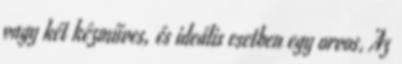
vagy két kézműves, és ideális esetben egy orvos. Az